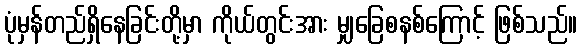
ပုံမှန်တည်ရှိနေခြင်းတို့မှာ ကိုယ်တွင်းအား မျှခြေစနစ်ကြောင့် ဖြစ်သည်။